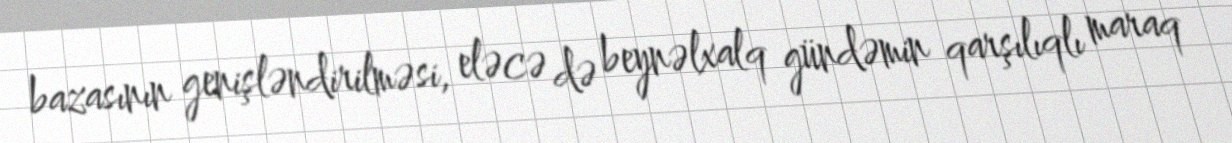
bazasının genişləndirilməsi, eləcə də beynəlxalq gündəmin qarşılıqlı maraq